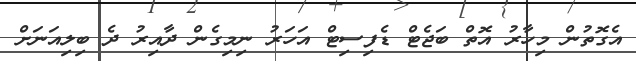
އެގޮތުން މިހާރު އޮތް ބަޖެޓް ޑެފިސިޓް އަހަރު ނިމިގެން ދާއިރު ދެ ބިލިއަނަށް